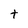
Character: t